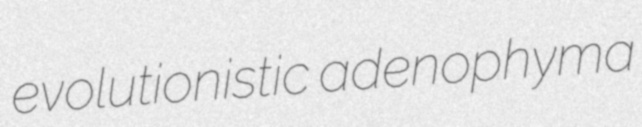
evolutionistic adenophyma